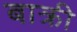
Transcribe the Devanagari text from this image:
बाक्री